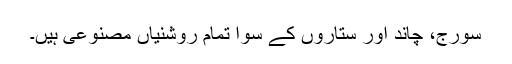
سورج، چاند اور ستاروں کے سوا تمام روشنیاں مصنوعی ہیں۔